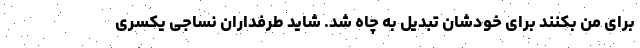
برای من بکنند برای خودشان تبدیل به چاه شد. شاید طرفداران نساجی یکسری